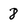
Character: 8